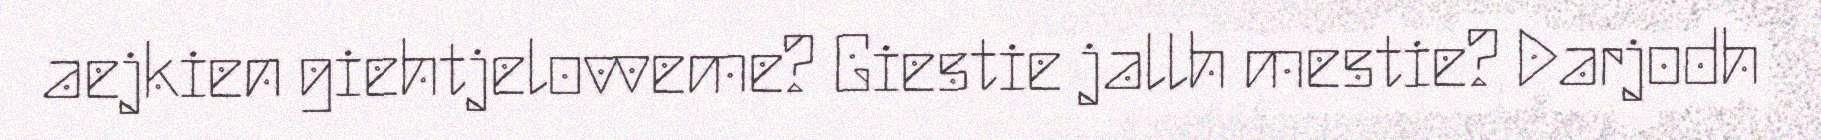
aejkien giehtjelovveme? Giestie jallh mestie? Darjodh